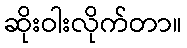
ဆိုးဝါးလိုက်တာ။